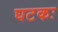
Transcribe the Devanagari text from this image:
घटकः